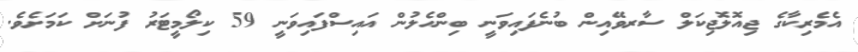
އެމެރިކާގެ ޖިއޮލޮޖިކަލް ސާރވޭއިން ބުނެފައިވަނީ ބިންހެލުން އައިސްފައިވަނީ 59 ކިލޯމީޓަރު ފުނަށް ކަމަށެވެ.